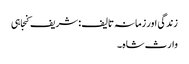
زندگی اور زمانہ تالیف : شریف کنجاہی
وارث شاہ ۔